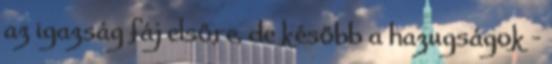
az igazság fáj elsőre, de később a hazugságok -